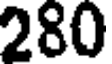
280